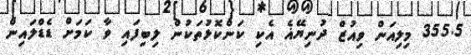
355.5 މިލިއަން ވިއުޒް ދުނިޔޭޣެ އެކި ކަންކޮޅުތަކުން ލިބިފައި ވާ ކަމަށް ޑެޑްލައިން